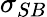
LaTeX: \sigma_{SB}